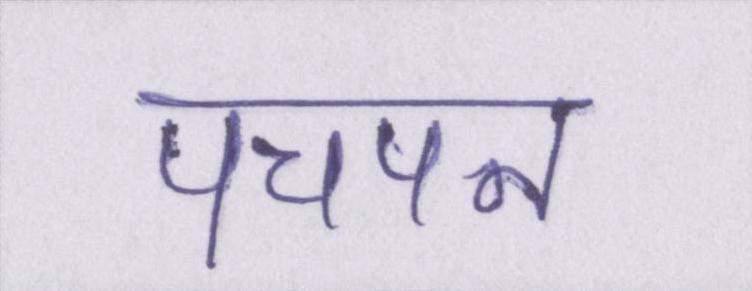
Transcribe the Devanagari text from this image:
पचपन